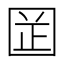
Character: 𡇬